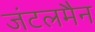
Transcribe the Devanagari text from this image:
जंटलमैन